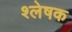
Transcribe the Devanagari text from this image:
श्लेषक